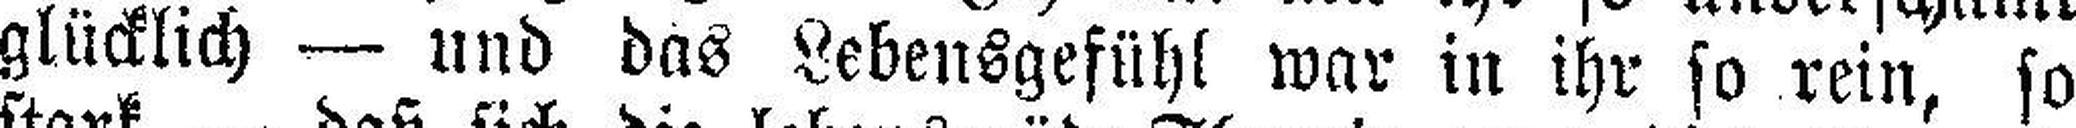
glücklich — und das Lebensgefühl war in ihr so rein, so